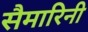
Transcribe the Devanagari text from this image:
सैमारिनी